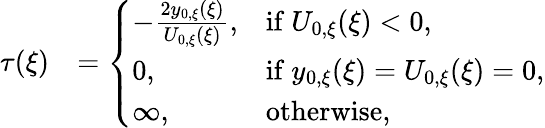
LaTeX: \begin{array}{rl}{\tau(\xi)}&{=\left\{ \begin{array}{ll}{-\frac{2y_{0,\xi}(\xi)}{U_{0,\xi}(\xi)},}&{\mathrm{if~}U_{0,\xi}(\xi)<0,}\\ {0,}&{\mathrm{if~}y_{0,\xi}(\xi)=U_{0,\xi}(\xi)=0,}\\ {\infty,}&{\mathrm{otherwise},}\end{array}\right.}\end{array}